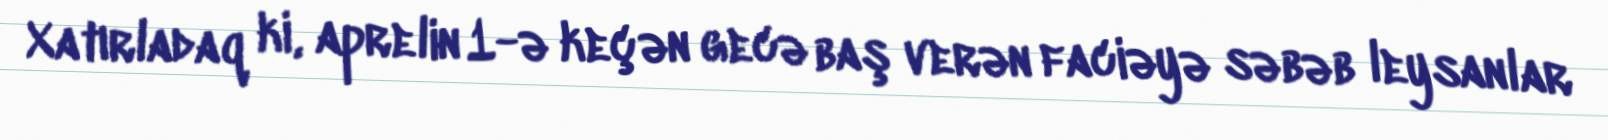
Xatırladaq ki, aprelin 1-ə keçən gecə baş verən faciəyə səbəb leysanlar